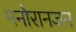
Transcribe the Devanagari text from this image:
मनोरानजन